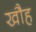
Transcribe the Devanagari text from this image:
खौह